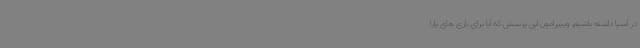
در آسیا داشته باشیم. ویپیرامون این پرسش که آیا برای بازی های پارا